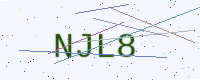
Text: NJL8